Vaccination United Provinces of Agra and Oudh 1902-1913 - 1902-1913
Year: 1902
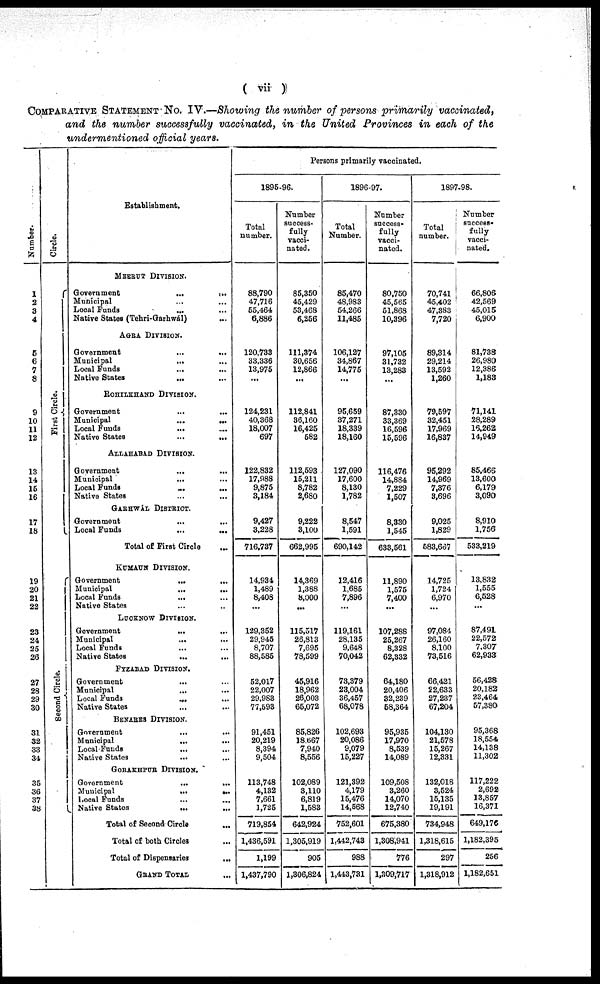
( vii )
COMPARATIVE STATEMENT No. IV.—Showing the number of persons primarily vaccinated,
and the number successfully vaccinated, in the United Provinces in each of the
undermentioned official years.
Number.
1
2
3
4
5
6
7
8
9
10
11
12
13
14
15
16
17
18
19
20
21
22
23
24
25
26
27
28
29
30
31
32
33
34
35
36
37
38
Circle.
First Circle.
Second Circle.
Establishment.
MEERUT DIVISION.
Government
...
...
Municipal ... ...
Local Funds ... ...
Native States (Tehri-Garhwál)
AGRA DIVISION.
Government ...
Municipal ...
Local Funds
...
...
Native States
... ...
ROHILKHAND DIVISION.
Government ...
Municipal
...
...
Local Funds
... ...
Native States
...
...
ALLAHABAD DIVISION.
Government ... ...
Municipal
... ...
Local Funds
...
...
Native States ... ...
GARHWÁL DISTRICT.
Government
...
...
Local Funds
...
...
Total of First Circle ...
KUMAUN DIVISION.
Government
...
...
Municipal
...
...
Local Funds
... ...
Native States ... ...
LUCKNOW DIVISION.
Government
... ...
Municipal
...
...
Local Funds ... ...
Native States
... ...
FYZABAD DIVISION.
Government ... ...
Municipal
... ...
Local Funds
...
...
Native States
... ...
BENARES DIVISION.
Government
...
...
Municipal
...
...
Local Funds
...
Native States ... ...
GORAKHPUR DIVISION.
Government
...
...
Municipal
...
...
Local Funds ... ...
Native States
... ...
Total of Second Circle
...
Total of both Circles ...
Total of Dispensaries
...
GRAND TOTAL ...
Persons primarily vaccinated.
1895-96.
Total
number.
88,790
47,716
55,464
6,886
120,733
33,336
13,975
...
124,231
40,368
18,007
697
122,832
17,988
9,875
3,184
9,427
3,228
716,737
14,934
1,489
8,408
...
129,352
29,945
8,707
88,585
52,017
22,007
29,983
77,593
91,451
20,219
8,394
9,504
113,748
4,132
7,661
1,725
719,854
1,436,591
1,199
1,437,790
Number
success-
fully
vacci-
nated.
85,350
45,429
53,468
6,256
111,374
30,656
12,866
...
112,841
36,160
16,425
582
112,593
15,211
8,782
2,680
9,222
3,100
662,995
14,369
1,388
8,000
...
115,517
26,813
7,695
78,599
45,916
18,962
26,003
65,072
85,826
18,667
7,940
8,556
102,089
3,110
6,819
1,583
642,924
1,305,919
905
1,306,824
1896-97.
Total
Number.
85,470
48,983
54,266
11,485
106,127
34,867
14,775
...
95,669
37,271
18,339
18,160
127,090
17,600
8,130
1,782
8,547
1,591
690,142
12,416
1,685
7,896
...
119,161
28,135
9,648
70,042
73,379
23,004
36,457
68,078
102,693
20,086
9,079
15,227
121,392
4,179
15,476
14,568
752,601
1,442,743
988
1,443,731
Number
success-
fully
vacci-
nated.
80,750
45,565
51,868
10,396
97,105
31,732
13,283
87,330
33,369
16,596
15,596
116,476
14,884
7,229
1,507
8,330
1,545
633,561
11,890
1,575
7,400
...
107,288
25,267
8,328
62,332
64,180
20,406
32,239
58,364
95,935
17,970
8,539
14,089
109,508
3,260
14,070
12,740
675,380
1,308,941
776
1,309,717
1897-98.
Total
number.
70,741
45,402
47,883
7,720
89,314
29,214
13,592
1,260
79,597
32,451
17,969
16,837
96,292
14,969
7,376
3,696
9,025
1,829
683,667
14,725
1,724
6,970
...
97,084
26,160
8,100
73,516
66,421
22,633
27,237
67,204
104,130
21,578
15,267
12,831
132,018
3,524
15,135
19,191
734,948
1,318,615
297
1,318,912
Number
success-
fully
vacci-
nated.
66,806
42,569
45,015
6,900
81,738
26,980
12,386
1,183
71,141
28,289
16,262
14,949
85,466
13,600
6,179
3,090
8,910
1,756
533,219
13,832
1,555
6,528
...
87,491
22,572
7,307
62,933
56,428
20,182
23,464
57,380
95,368
18,554
14,138
11,302
117,222
2,692
13,857
16,371
649,176
1,182,395
256
1,182,651